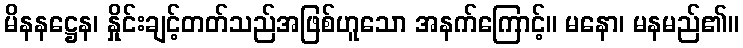
မိနနဋ္ဌေန၊ နှိုင်းချင့်တတ်သည်အဖြစ်ဟူသော အနက်ကြောင့်။ မနော၊ မနမည်၏။